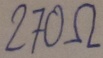
Text: 270Ω